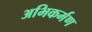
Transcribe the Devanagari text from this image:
अभिकर्मण